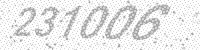
Solution: 231006